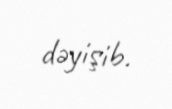
dəyişib.